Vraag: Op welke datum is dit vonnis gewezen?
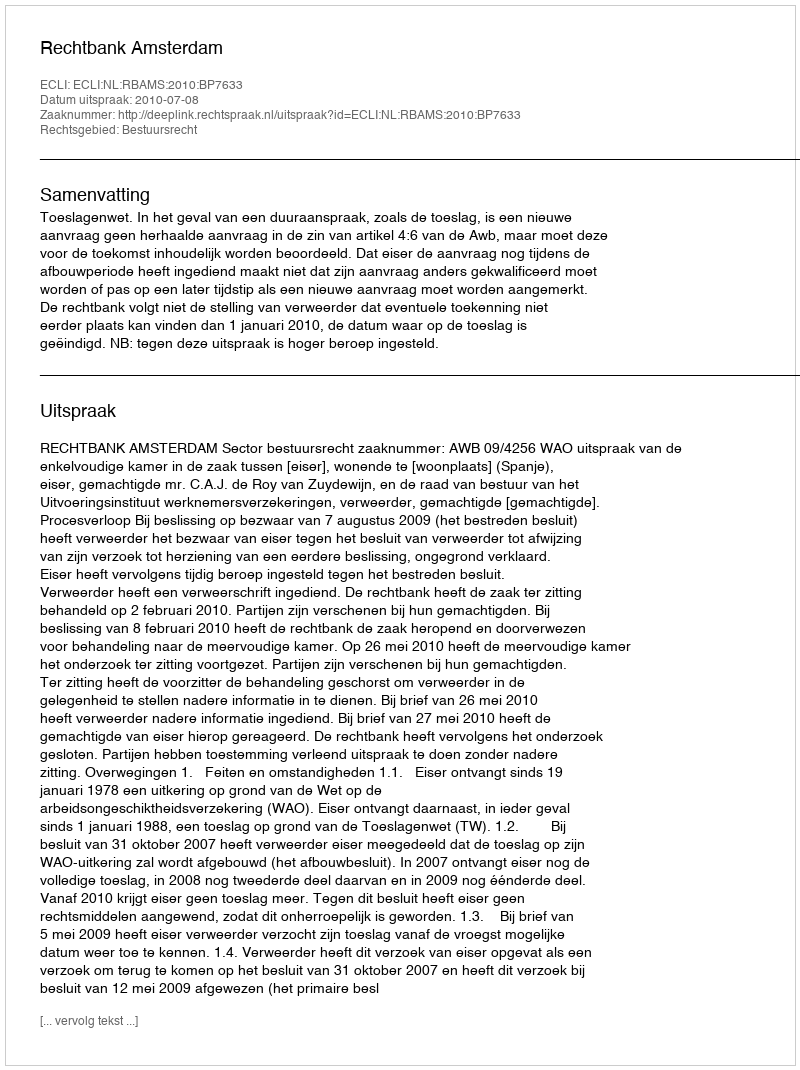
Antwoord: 2010-07-08